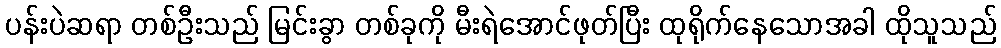
ပန်းပဲဆရာ တစ်ဦးသည် မြင်းခွာ တစ်ခုကို မီးရဲအောင်ဖုတ်ပြီး ထုရိုက်နေသောအခါ ထိုသူသည်